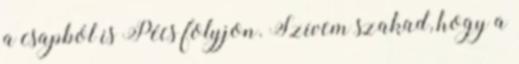
a csapból is Pécs folyjon. Szívem szakad, hogy a